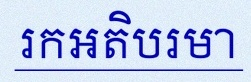
រកអតិបរមា